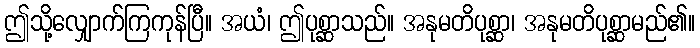
ဤသို့လျှောက်ကြကုန်ပြီ။ အယံ၊ ဤပုစ္ဆာသည်။ အနုမတိပုစ္ဆာ၊ အနုမတိပုစ္ဆာမည်၏။